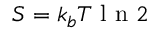
S = k _ { b } T \mathrm { ~ l ~ n ~ } 2